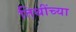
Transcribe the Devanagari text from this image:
तिथींच्या